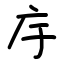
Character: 㡰